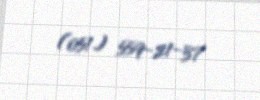
(051) 559-21-37